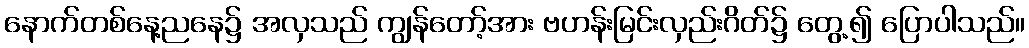
နောက်တစ်နေ့ညနေ၌ အလှသည် ကျွန်တော့်အား ဗဟန်းမြင်းလှည်းဂိတ်၌ တွေ့၍ ပြောပါသည်။